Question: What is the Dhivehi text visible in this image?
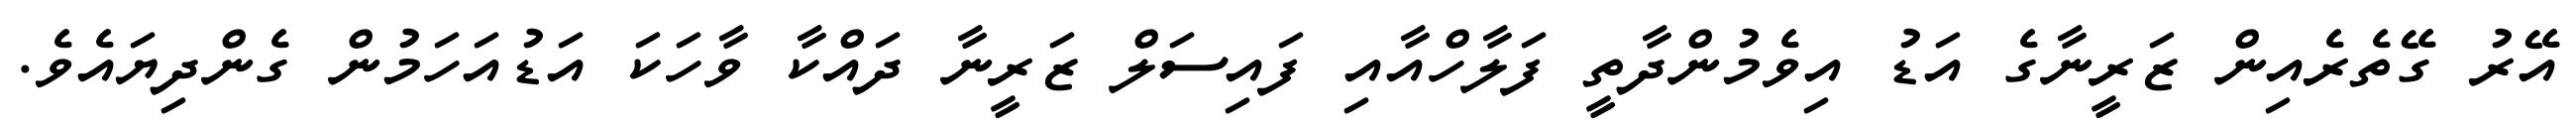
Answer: އޭރު ގޭތެރެއިން ޒަރީނާގެ އަޑު އިވެމުންދާތީ ފަލާހްއާއި ފައިސަލް ޒަރީނާ ދައްކާ ވާހަކަ އަޑުއަހަމުން ގެންދިޔައެވެ.